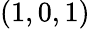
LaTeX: (1,0,1)